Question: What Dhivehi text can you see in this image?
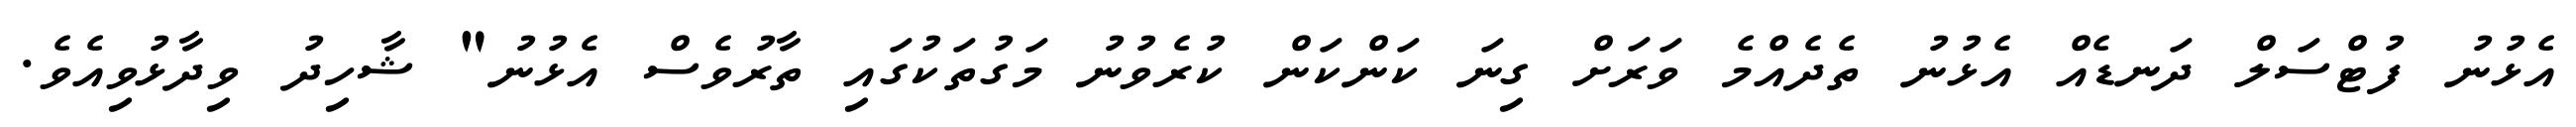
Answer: އެޅުނު ފުޓްސަލް ދަނޑެއް އެޅުނު ތެދެއްމެ ވަރަށް ގިނަ ކަންކަން ކުރެވުނު މަގުތަކުގައި ތާރުވެސް އެޅުނު" ޝާހިދު ވިދާޅުވިއެވެ.